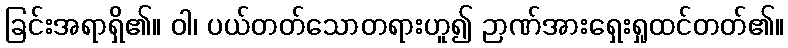
ခြင်းအရာရှိ၏။ ဝါ၊ ပယ်တတ်သောတရားဟူ၍ ဉာဏ်အားရှေးရှုထင်တတ်၏။